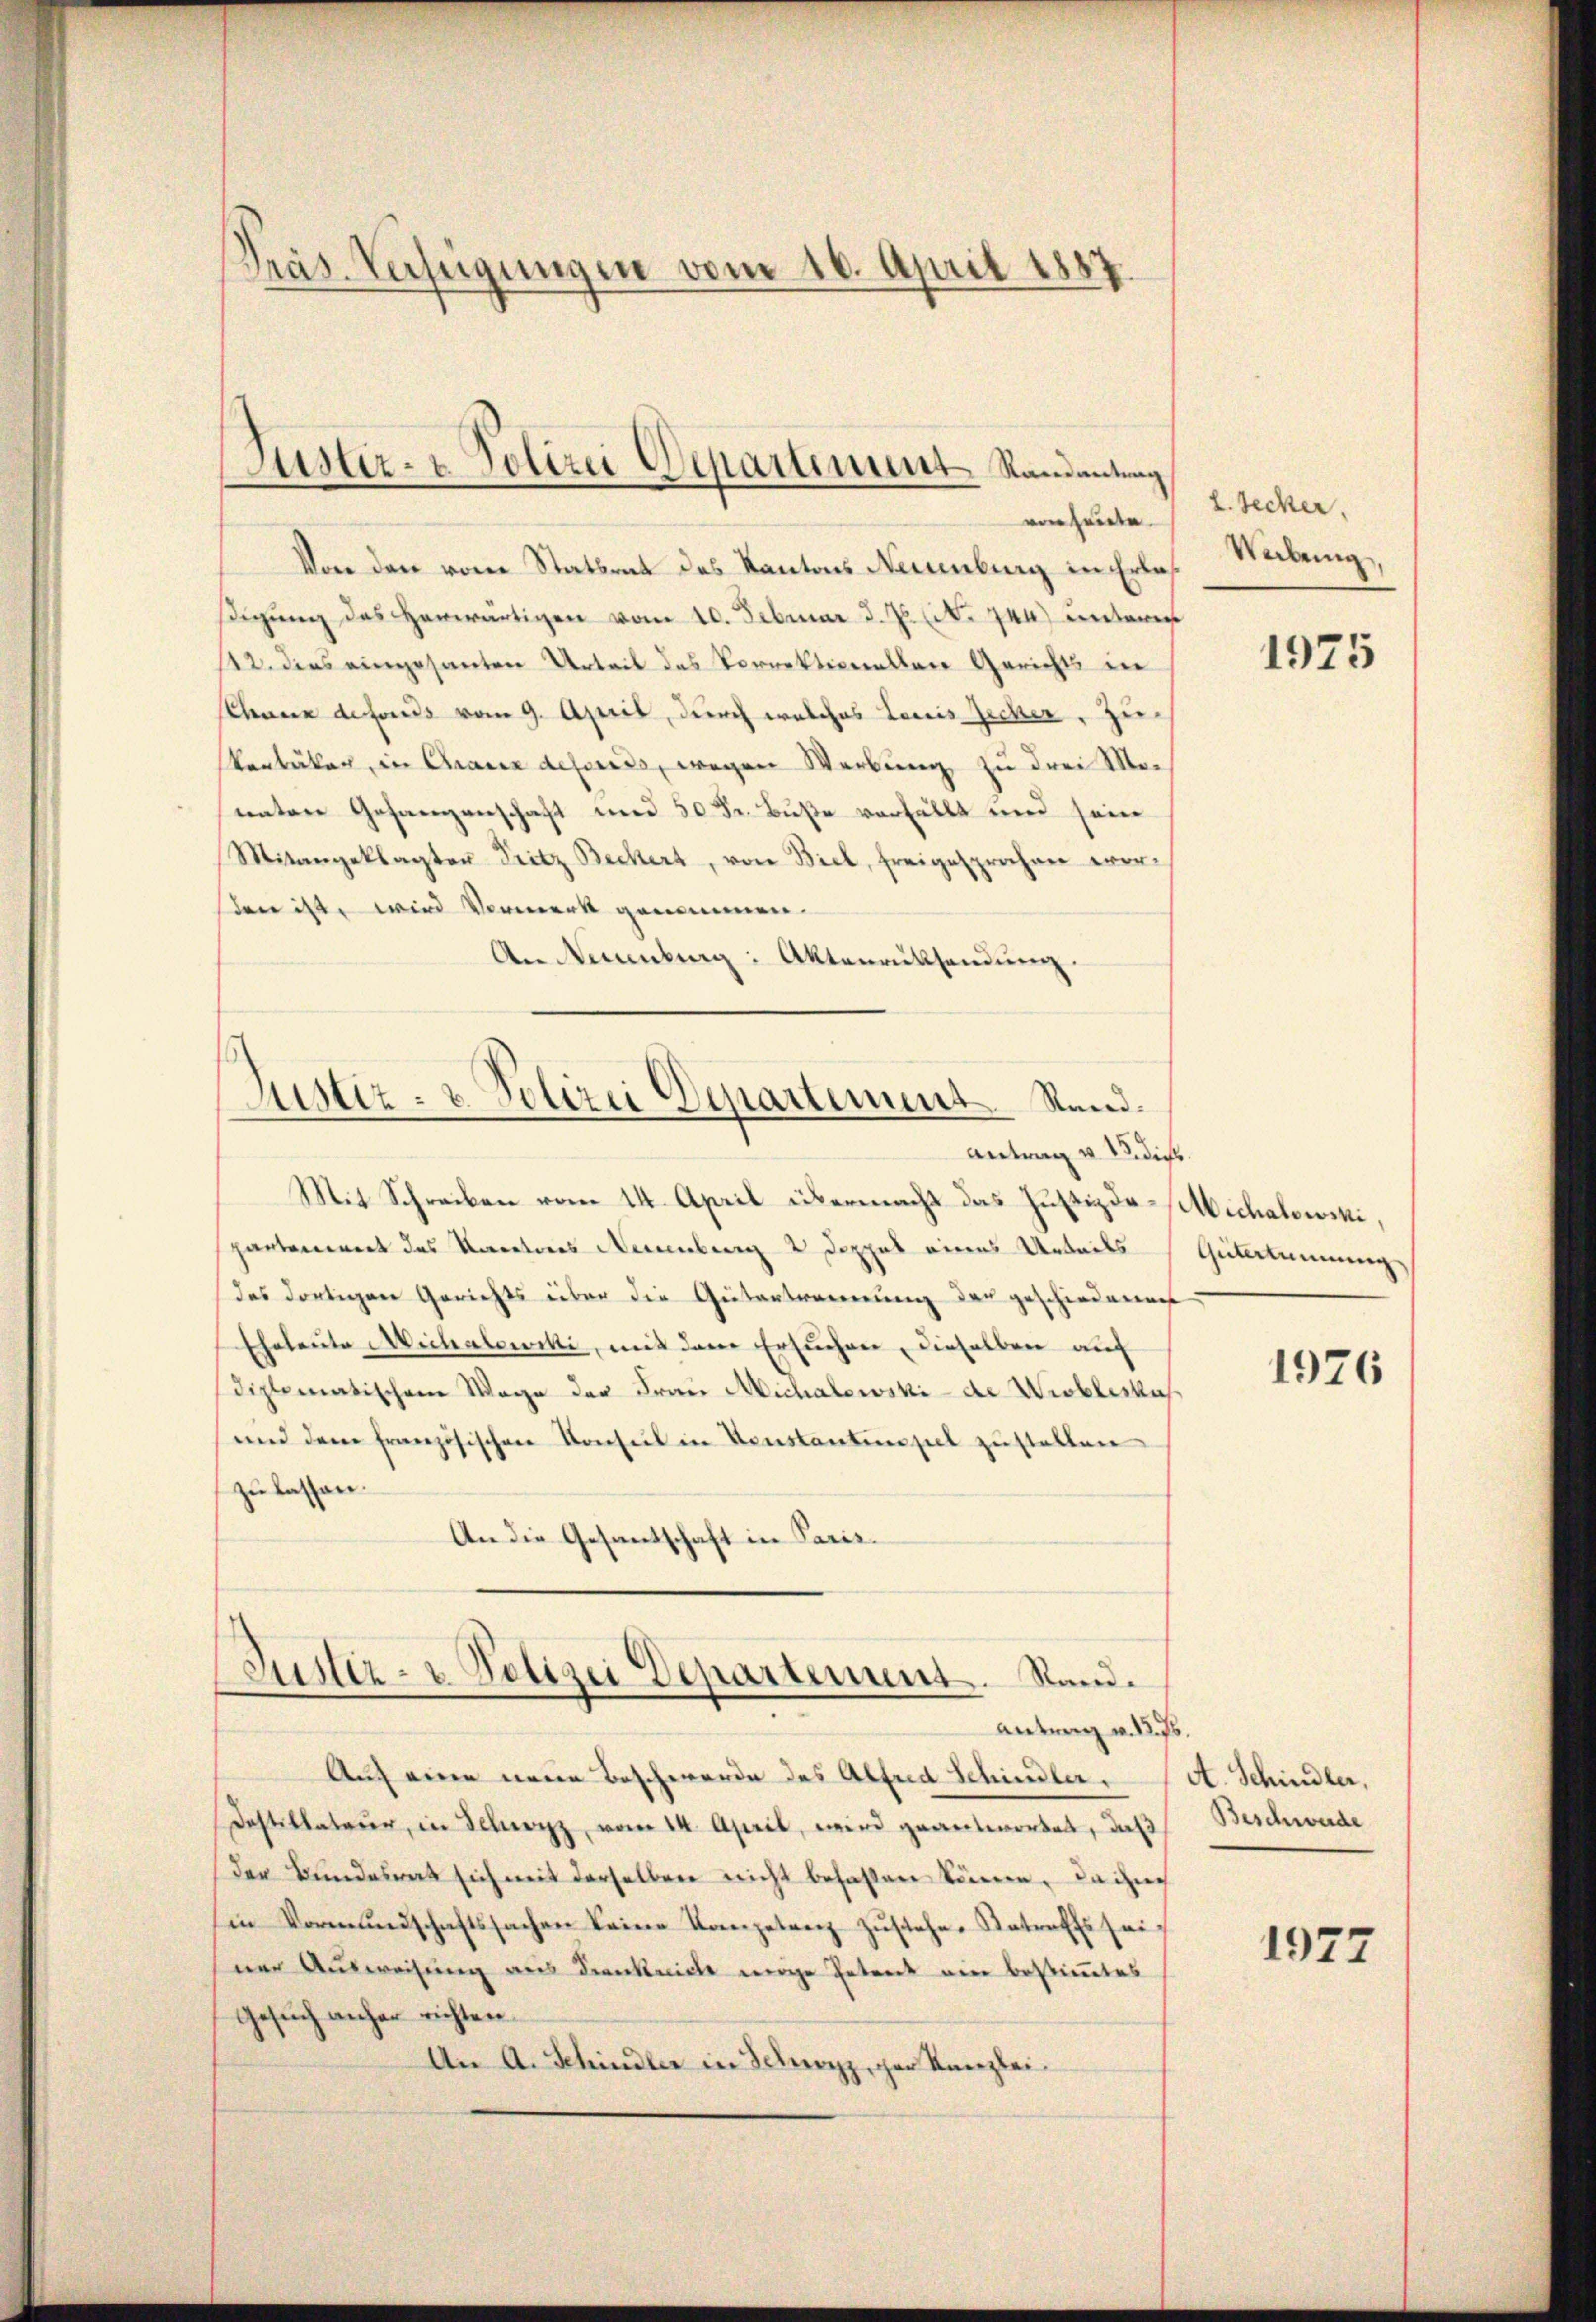
Präs. Verfeigungen vom 10. April 1887

von heute.
Von den vom Statsrat des Kantons Neuenburg in Erlasβigŭng des herwärtigen vom 10. Februar d. Js. No. 244) unterm
12. dies eingesanten Urteil des Vorrektionellen Gerichts in
Chance defonds vom 9. April, durch welches Louis Zucker, Zu¬
Ventäker, in Chaux defonds, wegen Werbung zu drei Mountere Gefangenschaft und 50 Fr. Buße verfällt und sein
Mitangeklagten Pritz Beckert, von Biel, freigesprochen worsten ist, wird Vormerk genommen.
An Neuenburg: Aktenrücksendung.

Justiz- & Polizei Departiment Randantung

Justiz- & Polizei Departement Sund.
Antrag v. 12. dies

Justiz- & Polizei Departement. Stand.
Antrag v. 12. 75.

Auf eine neue Beschwerde des Alfred Schindler.
Destillateur, in Schwyz vom 14. April, wird geantwortet, daß
der Bundesrat sich mit derselben nicht behaften können. Da inc
in Vormŭndschaftssachen keine Kompetenz Zŭstehe. Ratrats seiner Ausweisung aus Frankreich wege Petent ein bestimmtes
Gesuch anher richten.
An A. Schindler in Schwyz, der Kanzlei

Mit Schreiben vom 14. April übermacht das Justizdo-Michalowski,
partement des Kantons Neuenburg 2 Doppel eines Urteils Gütertunnung
das dortigen Gerichts über die Gütertrennung der geschiedenen
Eheleute Michalowcki, mit dem Ersuchen, dieselben auf
diplomatischem Wage der Frau Michalewski - de Wieblerkas
und dem französischen Konsul in Konstantenspiel zustellen
zu lassen.
An die Gesantschaft in Paris-

2. Secker.
Webring,

1975

1926

A. Schindler,
Beschwerde

1977